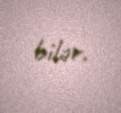
bilər.